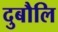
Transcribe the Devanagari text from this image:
दुबौलि